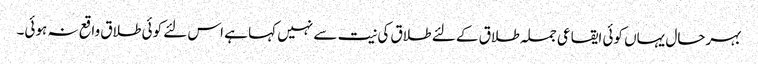
بہرحال یہاں کوئی ایقاعی جملہ طلاق کے لئے طلاق کی نیت سے نہیں کہا ہے اس لئے کوئی طلاق واقع نہ ہوئی۔